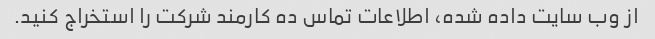
از وب سایت داده شده، اطلاعات تماس ده کارمند شرکت را استخراج کنید.